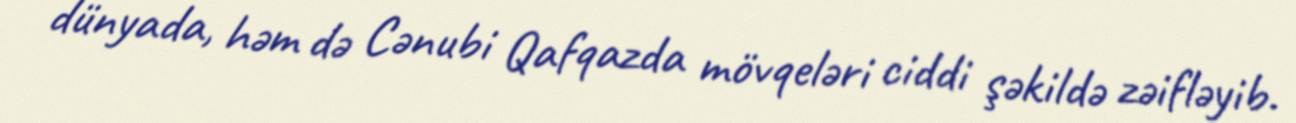
dünyada, həm də Cənubi Qafqazda mövqeləri ciddi şəkildə zəifləyib.